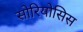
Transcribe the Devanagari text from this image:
सोरियोसिस